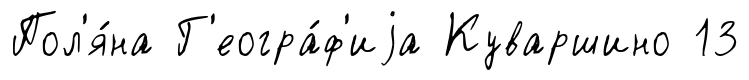
Пол'я́на Г'еогра́ф'иjа Куваршино 13